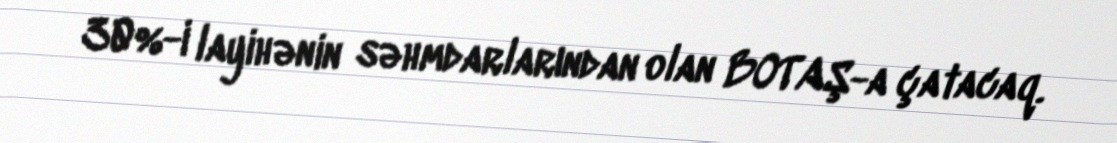
30%-i layihənin səhmdarlarından olan BOTAŞ-a çatacaq.